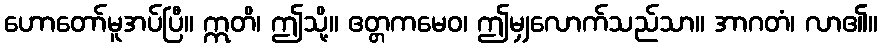
ဟောတော်မူအပ်ပြီ။ ဣတိ၊ ဤသို့။ ဧတ္တကမေဝ၊ ဤမျှလောက်သည်သာ။ အာဂတံ၊ လာ၏။